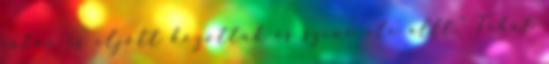
sátán is eljött közöttük és színe elé állt." Tehát